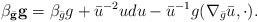
LaTeX: \begin{align*}\beta_{\bar {\mathbf{g}}} \mathbf {g} = \beta_{\bar g} g + \bar u^{-2} u du -\bar u^{-1} g(\nabla_{\bar g} \bar u, \cdot).\end{align*}